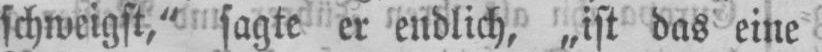
schweigst,“ sagte er endlich, „ist das eine